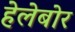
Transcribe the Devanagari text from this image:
हेलेबोर